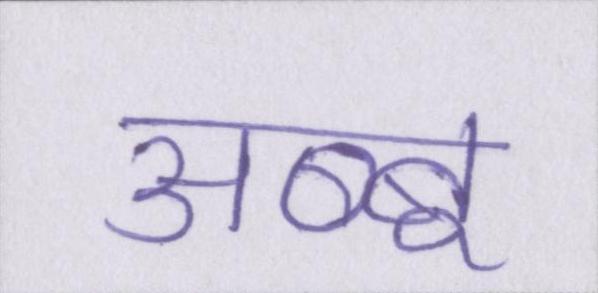
अब्बू